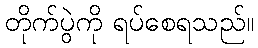
တိုက်ပွဲကို ရပ်စေရသည်။